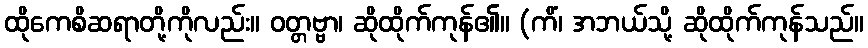
ထိုကေစိဆရာတို့ကိုလည်း။ ဝတ္တဗ္ဗာ၊ ဆိုထိုက်ကုန်၏။ (ကိံ၊ အဘယ်သို့ ဆိုထိုက်ကုန်သည်။